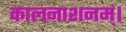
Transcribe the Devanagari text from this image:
कालनाशनम्।